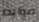
صوابه